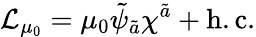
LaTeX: {\cal L}_{\mu_{0}}=\mu_{0}\tilde{\psi}_{\tilde{a}}\chi^{\tilde{a}}+\mathrm{h.c.}